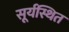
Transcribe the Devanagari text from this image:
सूर्यस्थित